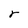
Character: r